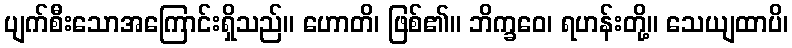
ပျက်စီးသောအကြောင်းရှိသည်။ ဟောတိ၊ ဖြစ်၏။ ဘိက္ခဝေ၊ ရဟန်းတို့။ သေယျထာပိ၊